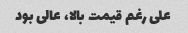
علی رغم قیمت بالا، عالی بود